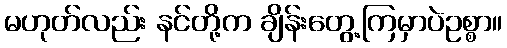
မဟုတ်လည်း နင်တို့က ချိန်းတွေ့ကြမှာပဲဥစ္စာ။